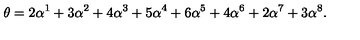
\theta = 2 \alpha ^ { 1 } + 3 \alpha ^ { 2 } + 4 \alpha ^ { 3 } + 5 \alpha ^ { 4 } + 6 \alpha ^ { 5 } + 4 \alpha ^ { 6 } + 2 \alpha ^ { 7 } + 3 \alpha ^ { 8 } .